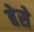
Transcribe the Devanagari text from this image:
बेसे